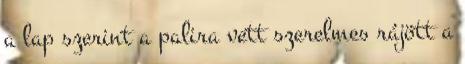
a lap szerint a palira vett szerelmes rájött a